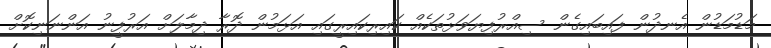
މަޑުމަޑުން އެނދުން ފައިބައިގެން ސިއްރުފިޔަވަޅުތަކެއް ކައިރިކައިރީގައި އަޅަމުން ދޮރާ ދިމާލަށް އަރުފީނު އަންނަނިކޮށް